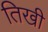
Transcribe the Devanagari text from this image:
तिखी